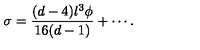
\sigma = \frac { ( d - 4 ) l ^ { 3 } \phi } { 1 6 ( d - 1 ) } + \cdots .